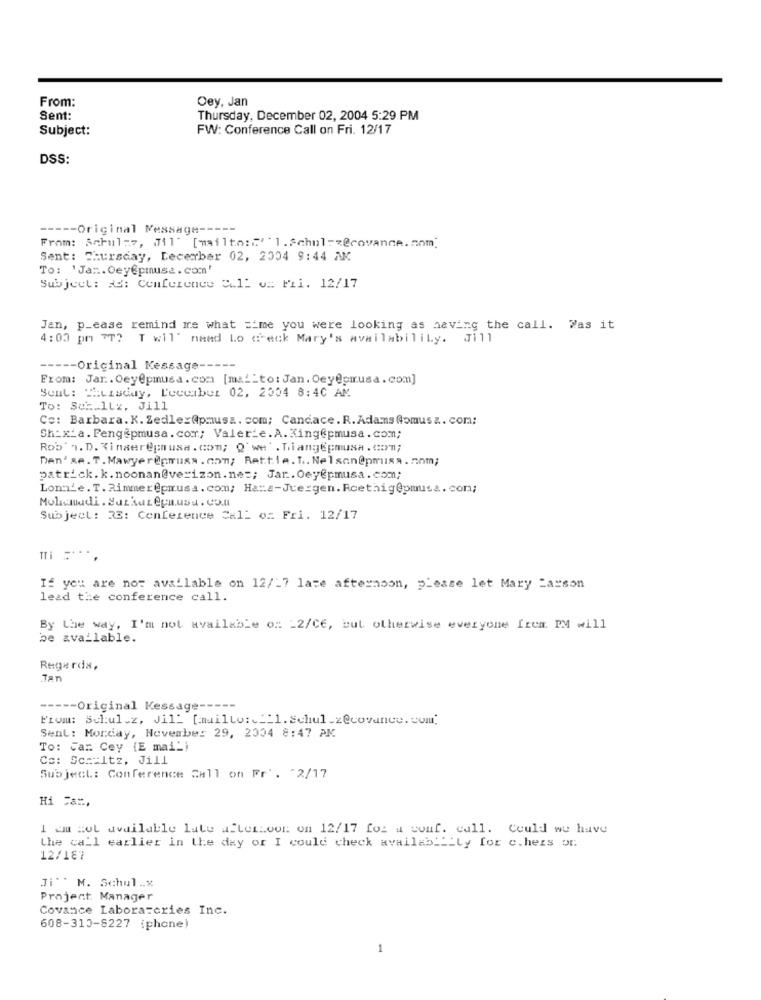
From:
Oey, Jan
Sent:
Thursday, December 02, 2004 5:29 PM
Subject:
FW: Conference Call on Fri. 12/17
DSS:
---- Original Message -----
From: Aabul:7, Mil' [mailto:""" 1.Schul =< @covance.nom]
Sent: Thursday, December 02, 2004 9:44 AM
To: 'Jan .. Oeyepmusa. com'
Subject: As: Conference Call o= Fil. 12/17
Jan, p_ease remind me what =ime you were looking as having the call. Was it
4:00 pm TT? T wil' nand Lo check Mary's availability. Jill
----- Original Kessage-
From: Jar. Oey@pmusa. com [ma __ to: Jan. Oey@prusa.com]
Sent: "Lisday, Luccabur 02, 2004 8:40 AM
To: Sct.ILz, Jill
Co: Barbara. K. ZedlexApmusa. com; Candace. R. Adams Romus &. com;
Sh_x_a. Feng@pmusa. com; Valerie.A.King@pmusa.com;
Rob' n. D. Zinser@pausa. com; Q'we . niangepmusa. com;
Den'se. T. Mawyer@musa . com; Rettie. T .. Nelson@pmuisa.nnm;
patrick. k. noonan@verizon.nes; Jar .. Oey@pmusa. com;
Lonnie. T. Rimmer@pmrusa. com; Ha:a-Juergen. Rcethig@pmuss. con;
Molinadi . Surkuzepausa . Co.MI
Subject: 33: Conference Call of Fri. 12/17
If you are not available on 12/27 late afternoon, please let Mary Larson
lead the conference call.
By the way, I'm not available on _2/CE, but otherwise everyone frea. PM will
be available.
Regards,
Tan
----- Original Kessage --
---
From: Schulz, Jil [mailto :___ 1.schulz@covance.com;
Sent: Monday, November 29, 2004 8:47 AM
To: Car. Cey (E mai_)
Co: Sc .: Itz, Jill
Subject: Conference Call on Fr . 2/17
Hi =a =,
I am Bot available late afternoon on 12/17 for a conf. call. Could we have
the call earlier in the day or I could check availability for c.hers or
12/187
Ji"' M. Schul .. x
Project Manager
Covance Laboratories Inc.
608-310-8227 (phone)
1